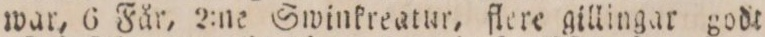
war, 6 Får, 2:ne Swinkreatur, flere gillingar godt